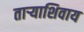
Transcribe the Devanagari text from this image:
ताऱ्याशिवाय